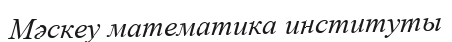
Мәскеу математика институты